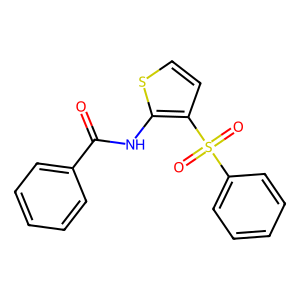
SMILES: O=C(Nc1sccc1S(=O)(=O)c1ccccc1)c1ccccc1
Inhibits HIV replication: No